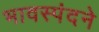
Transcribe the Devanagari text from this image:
भावस्पंदने